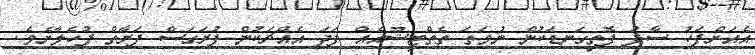
އެއަށްފަހު ސާފު ފޮތިގަނޑަކުން ނުވަތަ ތެތްޓިޝޫއެއް ފަދަ އެއްޗަކުން ފުރަގަސް ފަރާތް ފުހެލާށެވެ.